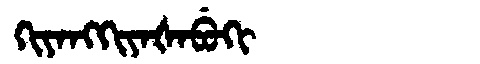
Manchu: ᡴᡳᠶᠠᠩᡴᡳᠶᠠᡧᠠᠪᡠᡴᡳ
Romanization: KIYANGKIYAŠABUKI